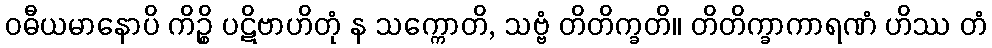
ဝဓီယမာနောပိ ကိဉ္စိ ပဋိဗာဟိတုံ န သက္ကောတိ, သဗ္ဗံ တိတိက္ခတိ။ တိတိက္ခာကာရဏံ ဟိဿ တံ